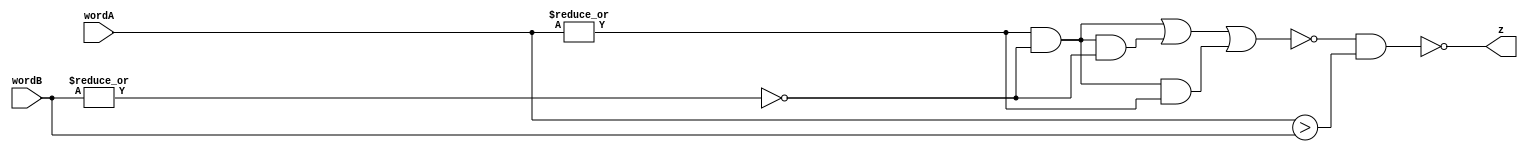
/*  Proyecto Final
    Circuitos Digitales I
    ---------------------
    Eduard Alonso Corrales
    Sebastian Rojas
    Kevin Vasquez
*/

//Recorrido Izquierda - Derecha
//Estructural
/*
Se decidio usar un metodo estructural para esta seccion, debido a
que al poseer menos estados, se requieren menos conectivas y cables
*/
//-------------------------------------------------------------------

//Comparador
module Comparador
#(
    parameter N = 8 // Parmetro N bits entrada
)
(
    input wire [N-1:0] wordA, wordB,
    output wire z
);

    // Cables para la celda inicial
    wire x, w;

    // Celda inicial
    not(w, |wordB);
    and(x, |wordA, w);

    // Cables para celda tpica
    wire x1, w1, w2;

    // Celda tpica
    and(w1, |x, |w);
    and(w2, |x, |wordA);
    or(x1, |x, |w1, |w2);

    // Celda final
    /*
        A pesar de que esta parte final de la implementacion es 
        conductual, se uso de esta manera para indicar una condicion
        de parada al recorrido
    */
    assign z = ~((x1 == 0) && (wordA > wordB));

endmodule // Comparador